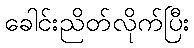
ခေါင်းညိတ်လိုက်ပြီး